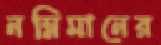
নম্নিমানের